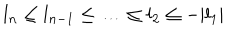
LaTeX: l _ { n } \le l _ { n - 1 } \le \ldots \le l _ { 2 } \le - | l _ { 1 } |